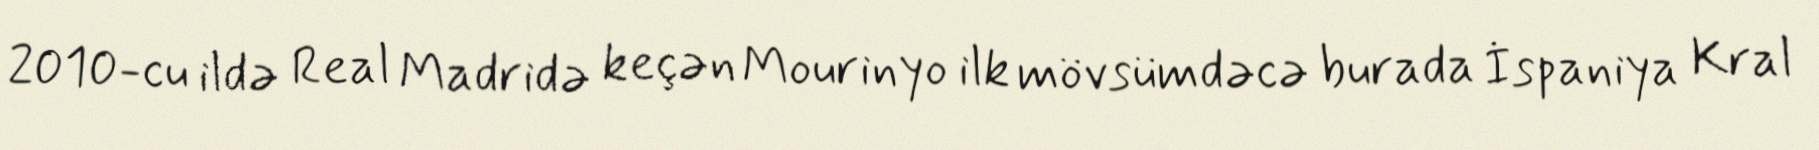
2010-cu ildə Real Madridə keçən Mourinyo ilk mövsümdəcə burada İspaniya Kral